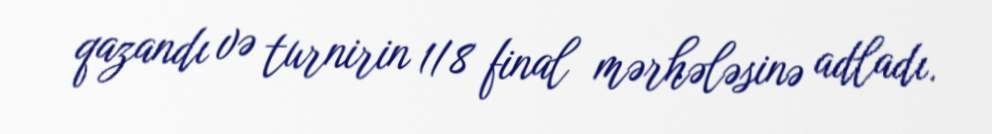
qazandı və turnirin 1/8 final mərhələsinə adladı.